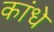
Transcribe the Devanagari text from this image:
कांधे